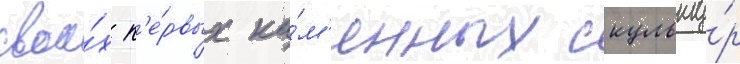
свои́х п'е́рвых ка́м'енных скульпту́р